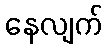
နေလျက်